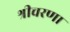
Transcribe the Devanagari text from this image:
श्रीचरणा